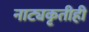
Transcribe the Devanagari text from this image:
नाट्यकृतीही